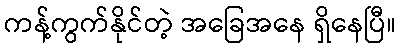
ကန့်ကွက်နိုင်တဲ့ အခြေအနေ ရှိနေပြီ။